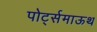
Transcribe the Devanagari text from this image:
पोर्ट्समाऊथ